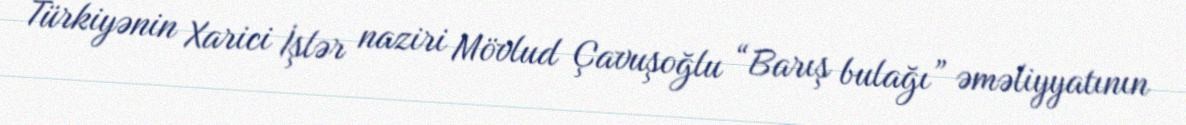
Türkiyənin Xarici İşlər naziri Mövlud Çavuşoğlu “Barış bulağı” əməliyyatının